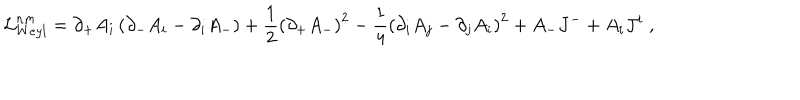
{ \cal L } _ { W e y l } ^ { n m } = \partial _ { + } { A } _ { i } \left( \partial _ { - } { A } _ { i } - \partial _ { i } A _ { - } \right) + \frac 1 2 \left( \partial _ { + } { A } _ { - } \right) ^ { 2 } - \frac 1 4 \left( \partial _ { i } { A } _ { j } - \partial _ { j } { A } _ { i } \right) ^ { 2 } + { A } _ { - } { J } ^ { - } + { A } _ { i } { J } ^ { i } \; ,